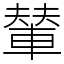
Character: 輦